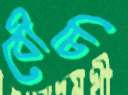
বৌচি